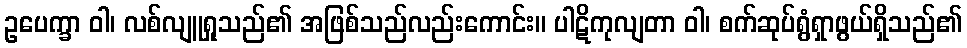
ဥပေက္ခာ ဝါ၊ လစ်လျူရှုသည်၏ အဖြစ်သည်လည်းကောင်း။ ပါဋိကုလျတာ ဝါ၊ စက်ဆုပ်ရွံရှာဖွယ်ရှိသည်၏